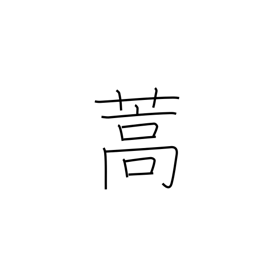
Meaning: mugwort